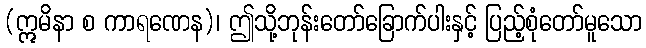
(ဣမိနာ စ ကာရဏေန)၊ ဤသို့ဘုန်းတော်ခြောက်ပါးနှင့် ပြည့်စုံတော်မူသော